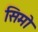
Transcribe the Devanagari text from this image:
सिमो